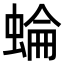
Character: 蜦